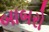
બાબરો